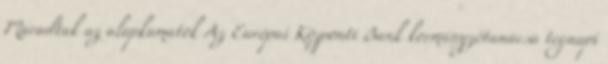
Maradtak az alapkamatok Az Európai Központi Bank kormányzótanácsa tegnapi